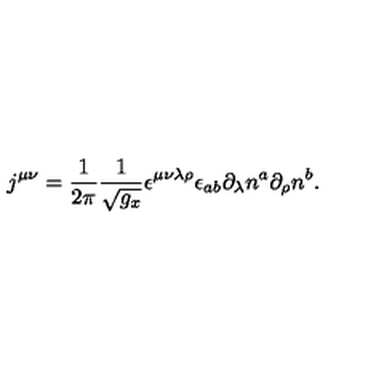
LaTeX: j ^ { \mu \nu } = \frac 1 { 2 \pi } \frac 1 { \sqrt { g _ { x } } } \epsilon ^ { \mu \nu \lambda \rho } \epsilon _ { a b } \partial _ { \lambda } n ^ { a } \partial _ { \rho } n ^ { b } .